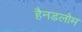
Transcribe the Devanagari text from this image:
हैनडलोम